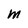
Character: M